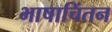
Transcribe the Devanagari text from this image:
भाषाचिंतन